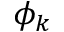
\phi _ { k }